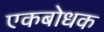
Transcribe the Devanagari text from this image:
एकबोधक